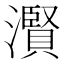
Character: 𤂐